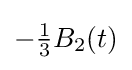
-{\tfrac {1}{3}}B_{2}(t)